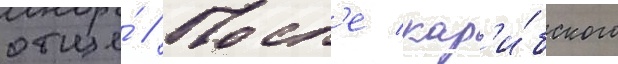
отце́ // Посл'е кар'и́бского